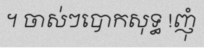
។ ចាស់ៗបោកសុទ្ធ !ញុំ